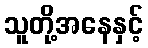
သူတို့အနေနှင့်